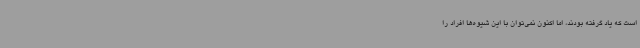
است که یاد گرفته بودند، اما اکنون نمی‌توان با این شیوه‌ها افراد را